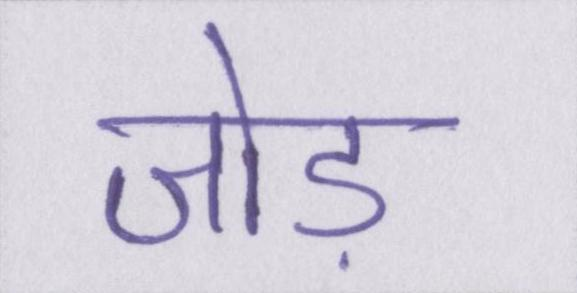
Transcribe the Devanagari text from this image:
जोड़